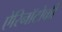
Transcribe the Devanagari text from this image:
ऐरिनॉटोकी